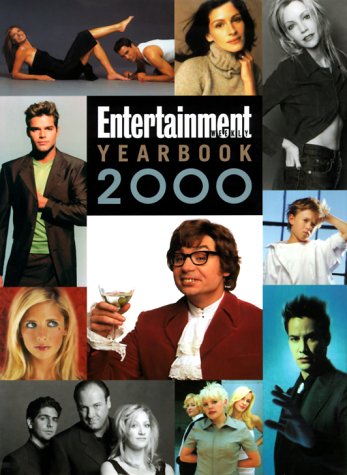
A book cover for Entertainment Weekly Yearbook 2000; Humor & Entertainment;